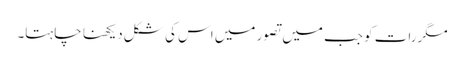
مگررات کو جب میں تصور میں اس کی شکل دیکھنا چاہتا۔